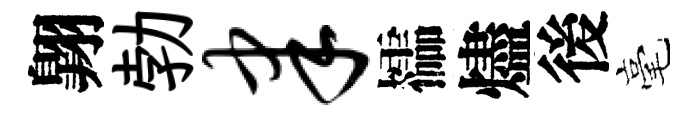
翺勃聿櫺燼後毫